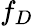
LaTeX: f_{D}